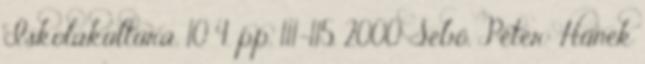
Iskolakultúra, 10 4. pp. 111-115. 2000 Sebő, Péter: Hűnek